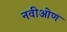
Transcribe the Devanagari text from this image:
नवीओण